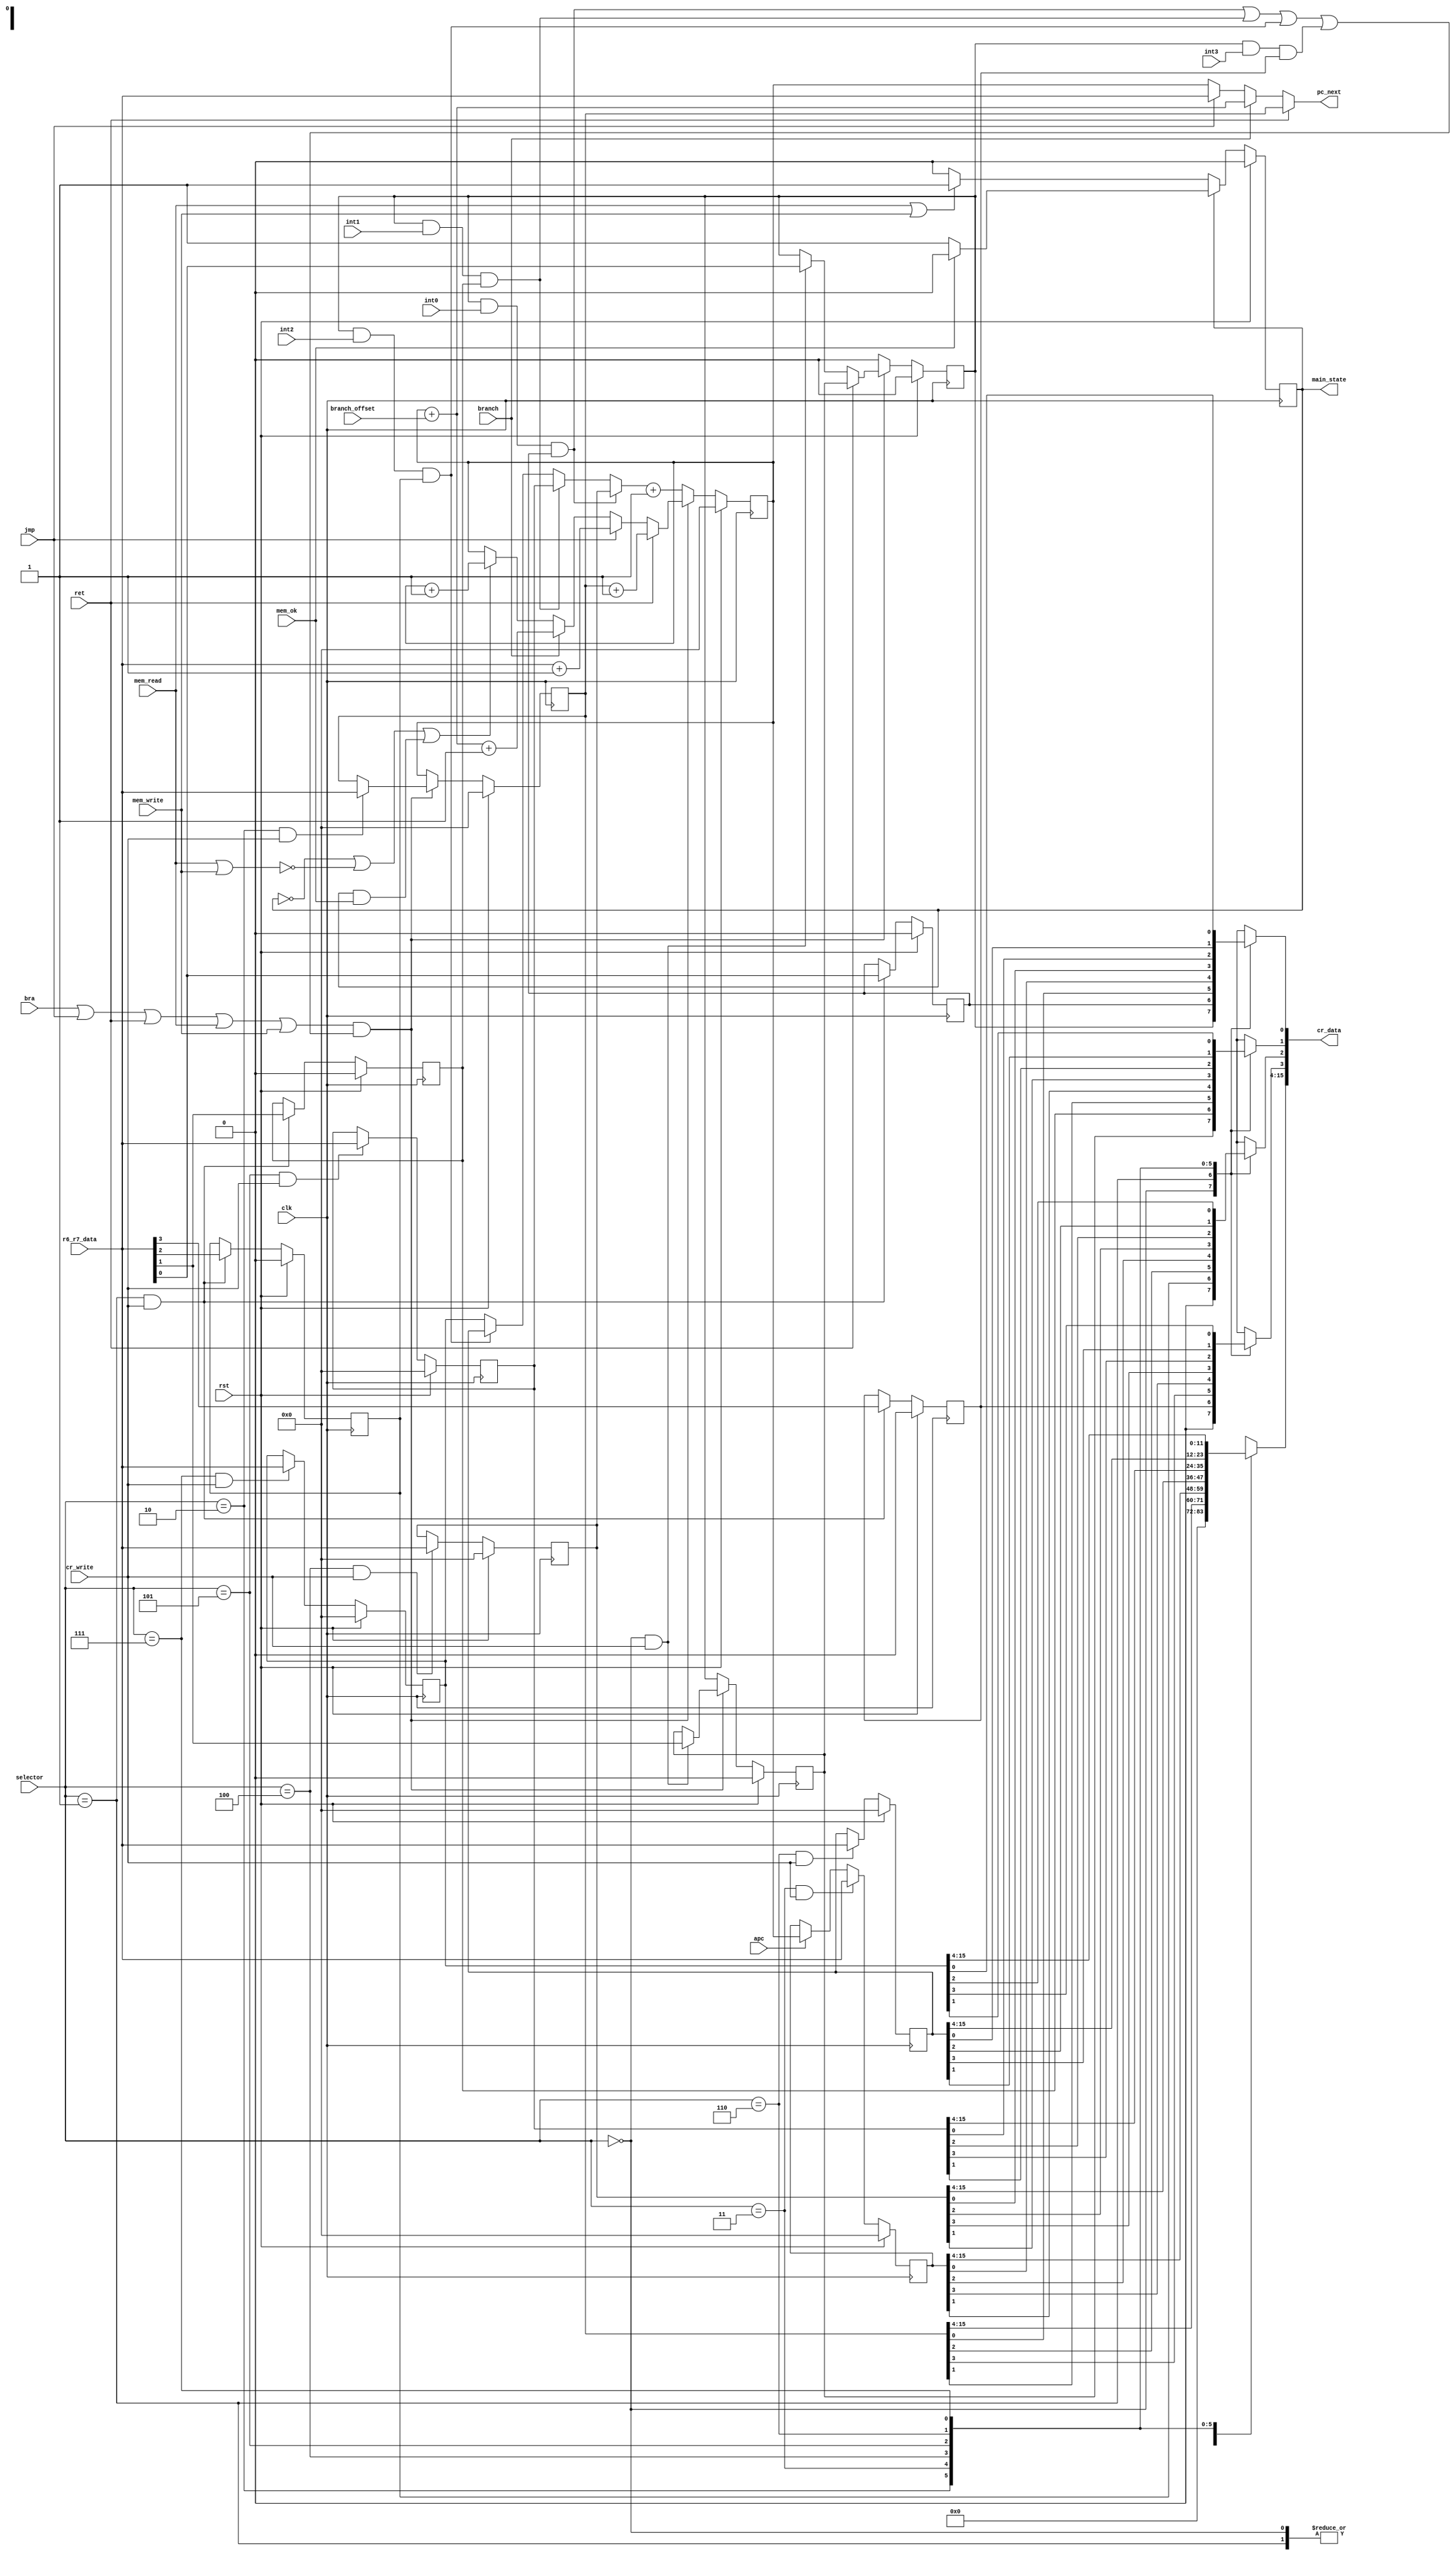
// Generated by MyHDL 0.11


`timescale 1ns/10ps

module cr (
    pc_next,
    branch_offset,
    r6_r7_data,
    cr_data,
    clk,
    rst,
    int0,
    int1,
    int2,
    int3,
    mem_read,
    mem_write,
    mem_ok,
    branch,
    selector,
    cr_write,
    ret,
    apc,
    jmp,
    bra,
    main_state
);
// :param clk: 1 in clk
// :param rst: 1 in rst
// :param int0: 1 in interrupt
// :param int1: 1 in interrupt
// :param int2: 1 in interrupt
// :param int3: 1 in interrupt
// :param mem_read: 1 in memory read
// :param mem_write: 1 in memory write
// :param mem_ok: 1 in memory ok
// :param branch:  1 in branch
// :param selector:  3 in selectors
// :param cr_write:1 in cr write
// :param ret: 1 in return
// :param apc: 1 in apc
// :param jmp: 1 in jmp
// :param bra: 1 in branch if
// :param main_state: 1 out main state
// :param pc_next: 16 out program counter next
// :param branch_offset: 16 in branch offset
// :param r6_r7_data: 16 in  data from r6 and r7 (pointer
// :param cr_data: 16 out cr register data
// :return:

output [15:0] pc_next;
reg [15:0] pc_next;
input [15:0] branch_offset;
input [15:0] r6_r7_data;
output [15:0] cr_data;
reg [15:0] cr_data;
input clk;
input rst;
input int0;
input int1;
input int2;
input int3;
input mem_read;
input mem_write;
input mem_ok;
input branch;
input [2:0] selector;
input cr_write;
input ret;
input apc;
input jmp;
input bra;
output main_state;
reg main_state;

reg [15:0] CPC = 0;
reg [15:0] EPC = 0;
reg GIE = 0;
reg IE0 = 0;
reg IE1 = 0;
reg IE2 = 0;
reg IE3 = 0;
reg [15:0] PC = 0;
reg PGIE = 0;
reg [15:0] TVEC0 = 0;
reg [15:0] TVEC1 = 0;
reg [15:0] TVEC2 = 0;
reg [15:0] TVEC3 = 0;
wire int0_acc;
wire int1_acc;
wire int2_acc;
wire int3_acc;
wire int_acc;
reg [15:0] tvec = 0;



always @(TVEC2, TVEC3, int2_acc, TVEC1, TVEC0, int0_acc, int1_acc) begin: CR_COMB_LOGIC
    if (int0_acc) begin
        tvec = TVEC0;
    end
    else if (int1_acc) begin
        tvec = TVEC1;
    end
    else if (int2_acc) begin
        tvec = TVEC2;
    end
    else begin
        tvec = TVEC3;
    end
end


always @(branch_offset, branch, PC, ret, jmp, r6_r7_data, EPC) begin: CR_COMB_LOGIC2
    if (ret) begin
        pc_next = EPC;
    end
    else if (branch) begin
        pc_next = (PC + branch_offset);
    end
    else if (jmp) begin
        pc_next = r6_r7_data;
    end
    else begin
        pc_next = PC;
    end
end


always @(TVEC2, IE1, TVEC3, IE3, IE0, CPC, TVEC1, PGIE, IE2, TVEC0, selector, GIE, EPC) begin: CR_COMB_LOGIC3
    case (selector)
        3'b000: begin
            cr_data[16-1:2] = 14'h0;
            cr_data[1] = PGIE;
            cr_data[0] = GIE;
        end
        3'b001: begin
            cr_data[16-1:4] = 12'h0;
            cr_data[3] = IE3;
            cr_data[2] = IE2;
            cr_data[1] = IE1;
            cr_data[0] = IE0;
        end
        3'b010: begin
            cr_data = EPC;
        end
        3'b011: begin
            cr_data = CPC;
        end
        3'b100: begin
            cr_data = TVEC0;
        end
        3'b101: begin
            cr_data = TVEC1;
        end
        3'b110: begin
            cr_data = TVEC2;
        end
        3'b111: begin
            cr_data = TVEC3;
        end
        default: begin
            cr_data = 0;
        end
    endcase
end


always @(posedge clk) begin: CR_CR_LOGIC
    if (rst == 1) begin
        main_state <= 0;
    end
    else begin
        if ((!main_state)) begin
            if ((mem_read | mem_write)) begin
                main_state <= (1 != 0);
            end
            else begin
                main_state <= (0 != 0);
            end
        end
        else if (main_state) begin
            if (mem_ok) begin
                main_state <= (0 != 0);
            end
            else begin
                main_state <= (1 != 0);
            end
        end
    end
end


always @(posedge clk) begin: CR_CR_LOGIC2
    if (rst == 1) begin
        GIE <= 0;
        PGIE <= 0;
    end
    else begin
        if (int_acc) begin
            GIE <= 0;
        end
        else if (ret) begin
            GIE <= PGIE;
        end
        else if (((selector == 3'b000) && cr_write)) begin
            GIE <= r6_r7_data[0];
        end
        if (int_acc) begin
            PGIE <= GIE;
        end
        else if (((selector == 3'b000) && cr_write)) begin
            PGIE <= r6_r7_data[1];
        end
    end
end


always @(posedge clk) begin: CR_CR_LOGIC3
    if (rst == 1) begin
        IE3 <= 0;
        IE0 <= 0;
        IE1 <= 0;
        IE2 <= 0;
    end
    else begin
        if (((selector == 3'b001) && cr_write)) begin
            IE0 <= r6_r7_data[0];
            IE1 <= r6_r7_data[1];
            IE2 <= r6_r7_data[2];
            IE3 <= r6_r7_data[3];
        end
    end
end


always @(posedge clk) begin: CR_CR_LOGIC4
    if (rst == 1) begin
        EPC <= 0;
    end
    else begin
        if (int_acc) begin
            EPC <= PC;
        end
        else if (((selector == 3'b010) && cr_write)) begin
            EPC <= r6_r7_data;
        end
    end
end


always @(posedge clk) begin: CR_CR_LOGIC5
    if (rst == 1) begin
        CPC <= 0;
    end
    else begin
        if (((selector == 3'b011) && cr_write)) begin
            CPC <= r6_r7_data;
        end
        else if (apc) begin
            CPC <= PC;
        end
    end
end


always @(posedge clk) begin: CR_CR_LOGIC6
    if (rst == 1) begin
        PC <= 0;
    end
    else begin
        if (int_acc) begin
            PC <= (tvec + 1);
        end
        else if (ret) begin
            PC <= (EPC + 1);
        end
        else if (jmp) begin
            PC <= (r6_r7_data + 1);
        end
        else if (branch) begin
            PC <= ((PC + branch_offset) + 1);
        end
        else begin
            if ((((!main_state) || (!(mem_read || mem_write))) || (main_state && mem_ok))) begin
                PC <= (PC + 1);
            end
            else begin
                PC <= PC;
            end
        end
    end
end


always @(posedge clk) begin: CR_CR_LOGIC7
    if (rst == 1) begin
        TVEC0 <= 0;
        TVEC1 <= 0;
        TVEC3 <= 0;
        TVEC2 <= 0;
    end
    else begin
        if (((selector == 3'b100) && cr_write)) begin
            TVEC0 <= r6_r7_data;
        end
        if (((selector == 3'b101) && cr_write)) begin
            TVEC1 <= r6_r7_data;
        end
        if (((selector == 3'b110) && cr_write)) begin
            TVEC2 <= r6_r7_data;
        end
        if (((selector == 3'b111) && cr_write)) begin
            TVEC3 <= r6_r7_data;
        end
    end
end



assign int0_acc = ((GIE & int0) & IE0);
assign int1_acc = ((GIE & int1) & IE1);
assign int2_acc = ((GIE & int2) & IE2);
assign int3_acc = ((GIE & int3) & IE3);



assign int_acc = (!(((((bra | jmp) | ret) | mem_read) | mem_write) & (((int0_acc | int1_acc) | int2_acc) | int3_acc)));

endmodule